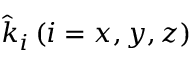
\hat { k } _ { i } \, ( i = x , y , z )